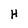
Character: H